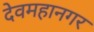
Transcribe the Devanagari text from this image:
देवमहानगर